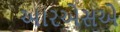
આરએસએ